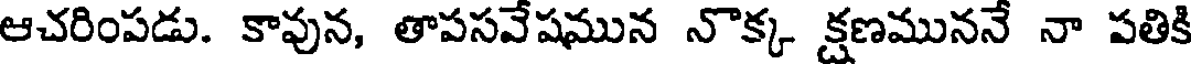
ఆచరింపడు. కావున, తాపసవేషమున నొక్క క్షణముననే నా పతికి